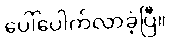
ပေါ်ပေါက်လာခဲ့ပြီ။